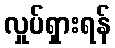
လှုပ်ရှားရန်